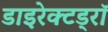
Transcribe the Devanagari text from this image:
डाइरेक्टड्रॉ